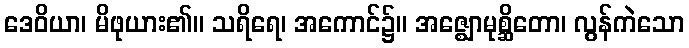
ဒေဝိယာ၊ မိဖုယား၏။ သရိရေ၊ အကောင်၌။ အဇ္ဈောမုစ္ဆိတော၊ လွန်ကဲသော